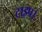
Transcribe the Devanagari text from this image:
टाइप।